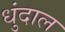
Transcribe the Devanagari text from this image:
धुंदाल